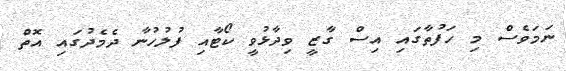
ނަމަވެސް މި ހަފުތާގައި އިސް ގާޒީ ވިދާޅުވީ ކޯޓާއި ފުލުހުނާ ދެމެދުގައި އޮތް